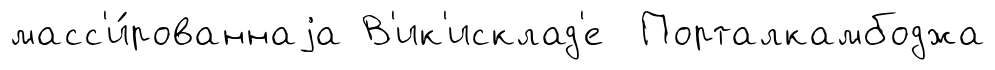
масс'и́рованнаjа В'ик'исклад'е Порталкамбоджа